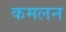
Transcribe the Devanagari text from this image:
कमलन